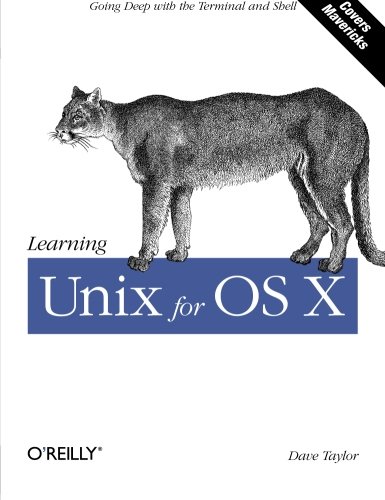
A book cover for Learning Unix for OS X: Going Deep With the Terminal and Shell; Dave Taylor; Computers & Technology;